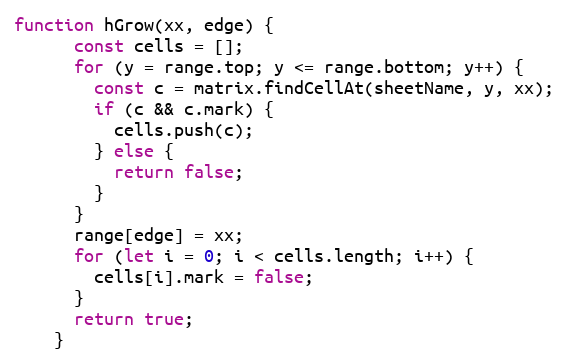
Language: JavaScript
function hGrow(xx, edge) {
      const cells = [];
      for (y = range.top; y <= range.bottom; y++) {
        const c = matrix.findCellAt(sheetName, y, xx);
        if (c && c.mark) {
          cells.push(c);
        } else {
          return false;
        }
      }
      range[edge] = xx;
      for (let i = 0; i < cells.length; i++) {
        cells[i].mark = false;
      }
      return true;
    }